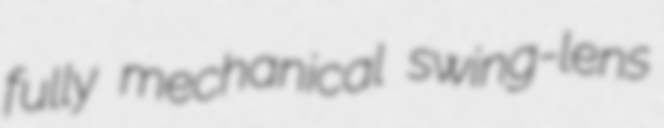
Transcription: fully mechanical swing-lens